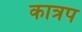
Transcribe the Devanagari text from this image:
कात्रप